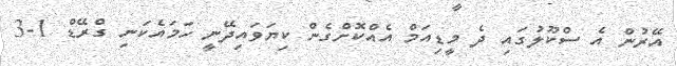
އޭރުން އެ ސްކޫލުގައި ދެ މީޑިއަމް އެއްކޮށްގެން ކިޔަވައިދޭނީ ހަމައެކަނި ގްރޭޑް 1-3